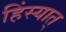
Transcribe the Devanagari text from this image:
हिंस्यात्‌